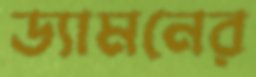
ড্যামনের